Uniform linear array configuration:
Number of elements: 48
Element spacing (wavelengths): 0.25
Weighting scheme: blackman
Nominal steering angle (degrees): -60
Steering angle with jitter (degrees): -60.835
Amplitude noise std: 0.05
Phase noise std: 0.05

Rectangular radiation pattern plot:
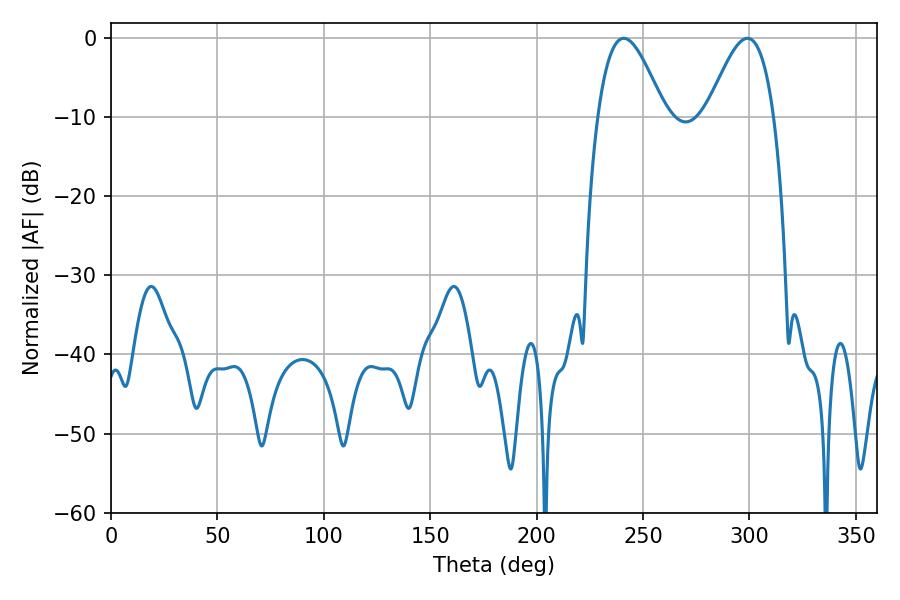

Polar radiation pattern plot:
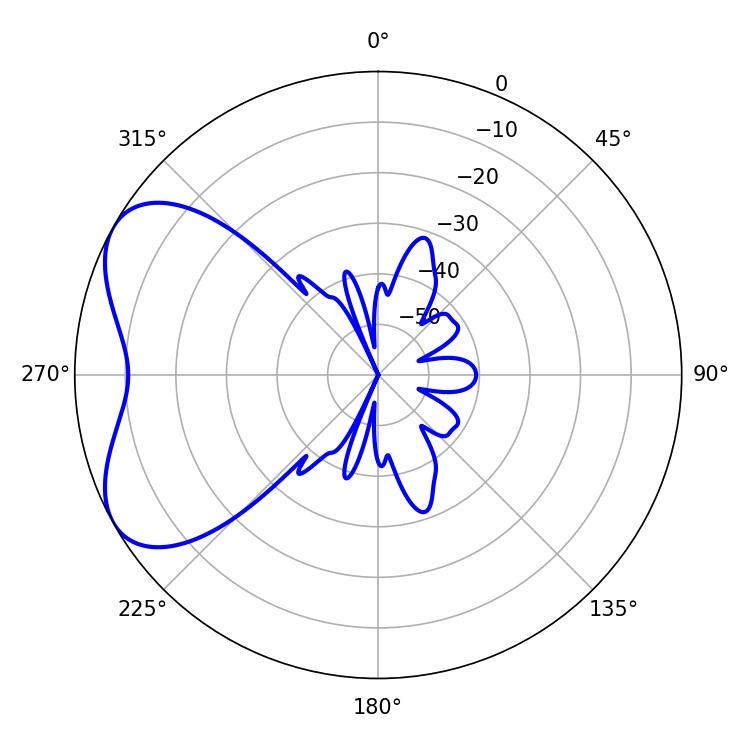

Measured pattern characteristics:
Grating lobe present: FALSE
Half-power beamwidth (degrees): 16.92
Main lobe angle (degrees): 241.02